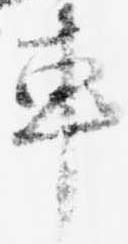
車